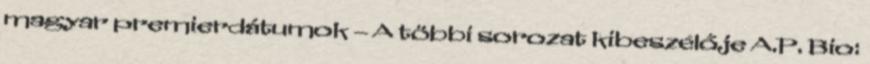
magyar premierdátumok – A többi sorozat kibeszélője A.P. Bio: